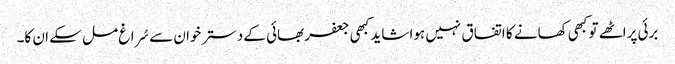
برئی پراٹھے تو کبھی کھانے کا اتفاق نہیں ہوا شاید کبھی جعفر بھائی کے دسترخوان سے سُراغ مل سکے ان کا۔